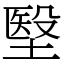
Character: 㙠